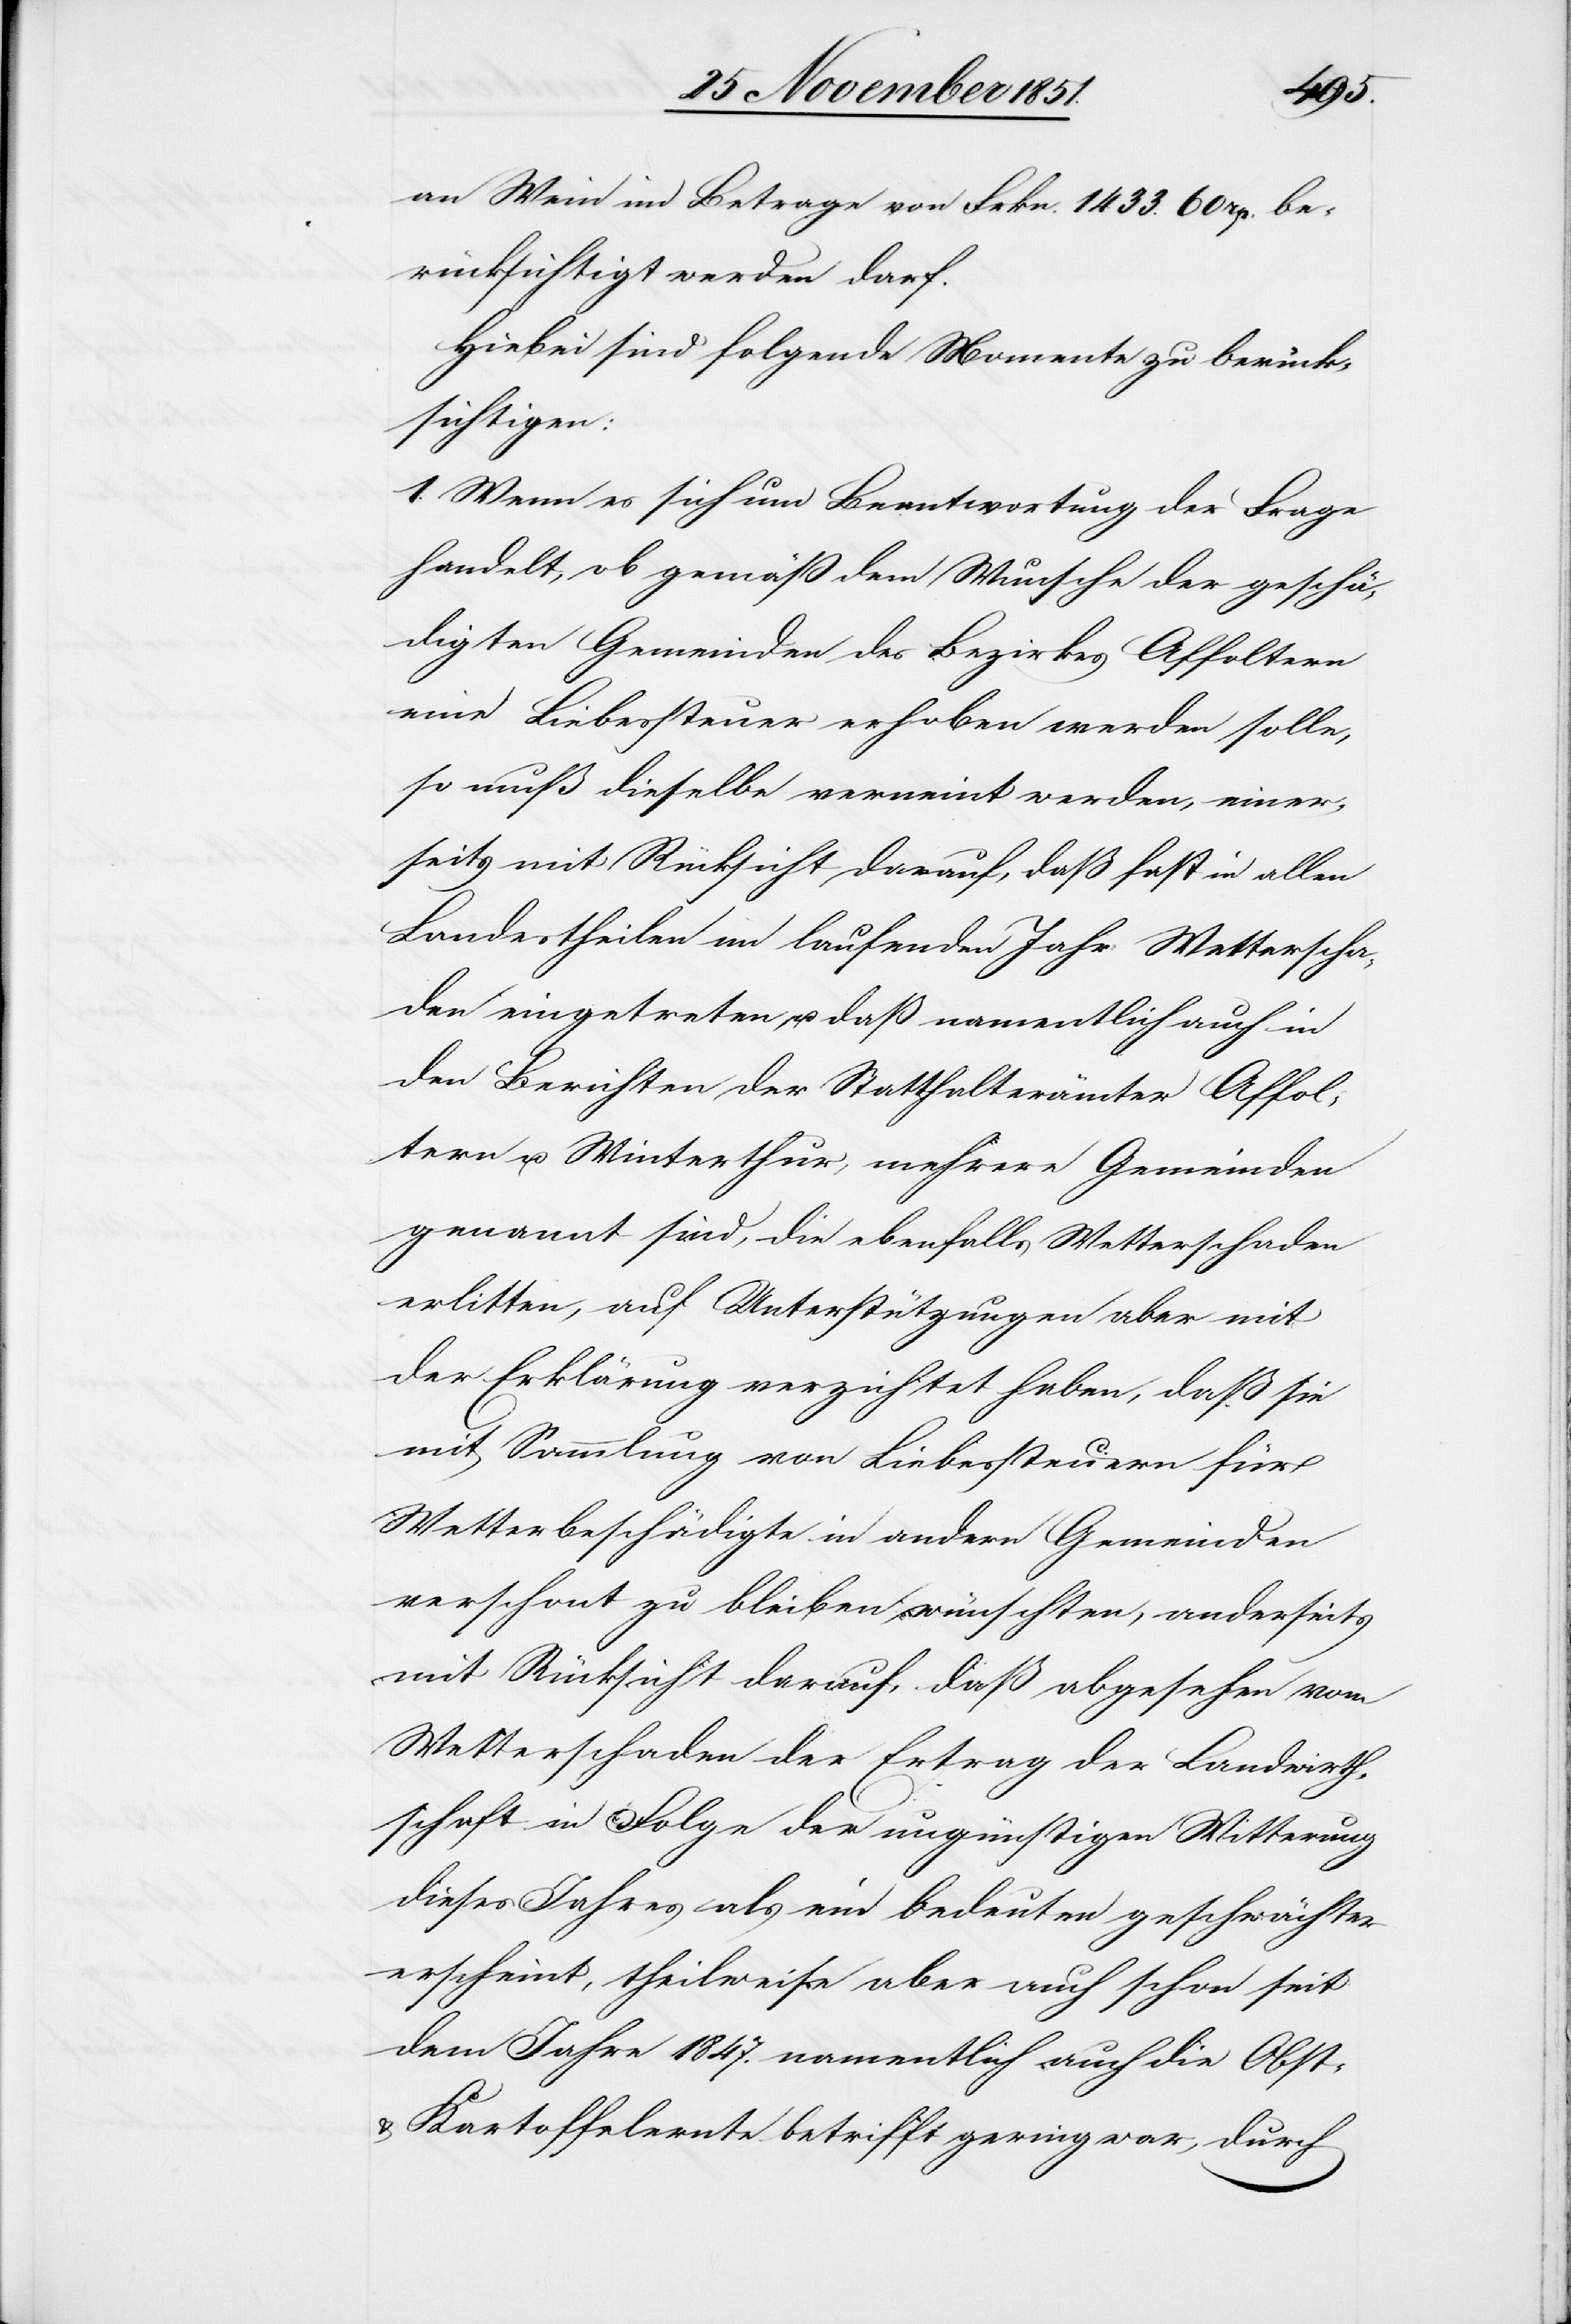
an Wein im Betrage von Frkn. 1433. 60 rp. be¬
rücksichtigt werden darf.
Hiebei sind folgende Momente zu berück¬
sichtigen:
1. Wenn es sich um Beantwortung der Frage
handelt, ob gemäß dem Wunsche der geschä¬
digten Gemeinden des Bezirkes Affoltern
eine Liebessteuer erhoben werden solle,
so muß dieselbe verneint werden, einer¬
seits mit Rücksicht darauf, daß fast in allen
Landestheilen im laufenden Jahr Wetterscha¬
den eingetreten, u. daß namentlich auch in
den Berichten der Statthalterämter Affol¬
tern u. Winterthur, mehrere Gemeinden
genannt sind, die ebenfalls Wetterschaden
erlitten, auf Unterstützungen aber mit
der Erklärung verzichtet haben, daß sie
mit Sammlung von Liebessteuern für
Wetterbeschädigte in andern Gemeinden
verschont zu bleiben wünschten, anderseits
mit Rücksicht darauf, daß abgesehen vom
Wetterschaden der Ertrag der Landwirth¬
schaft in Folge der ungünstigen Witterung
dieses Jahres als ein bedeuten[d] geschwächter
erscheint, theilweise aber auch schon seit
dem Jahre 1847. namentlich auch [was] die Obst-
& Kartoffelernte betrifft gering war, durch